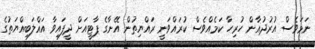
ނަމަވެސް އުރުދުޣާން ހުރިހާ ކަމެއްވެސް ކުރައްވަނީ ރައްޔިތުން އޭނާގެ ޕާޓީއަށް ދީފައިވާ އަޣްލަބިއްޔަތުގެ